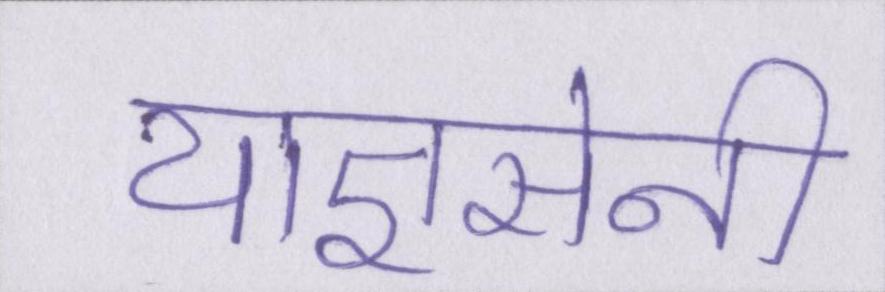
याज्ञसेनी